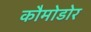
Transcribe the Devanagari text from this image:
कौमोडोर